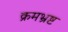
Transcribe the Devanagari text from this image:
क्रमभ्रष्ट